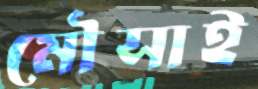
মৌসাই